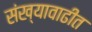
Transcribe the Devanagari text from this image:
संख्यावाढीत